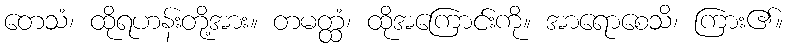
တေသံ၊ ထိုရဟန်းတို့အား။ တမတ္ထံ၊ ထိုအကြောင်းကို။ အာရောစေသိ၊ ကြား၏။